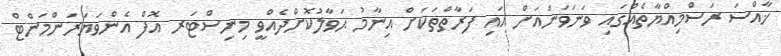
ޚާއްސަ ރަސްމިއްޔާތެއްގައި ވަނަވަނައަށް އައި ފަރާތްތަކަށް އިނާމު ޙަވާލުކޮށްދެއްވީ މިނިސްޓަރ އޮފް އެންވަޔަރަންމަންޓް